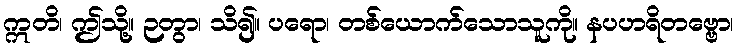
ဣတိ၊ ဤသို့။ ဉတွာ၊ သိ၍။ ပရော၊ တစ်ယောက်သောသူကို။ နပဟရိတဗ္ဗော၊